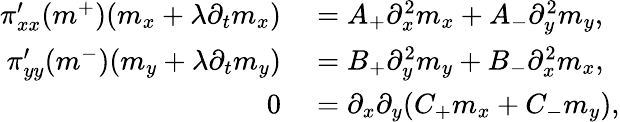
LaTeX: \begin{array}{rl}{\pi_{xx}^{\prime}(m^{+})(m_{x}+\lambda\partial_{t}m_{x})}&{{}=A_{+}\partial_{x}^{2}m_{x}+A_{-}\partial_{y}^{2}m_{y},}\\ {\pi_{yy}^{\prime}(m^{-})(m_{y}+\lambda\partial_{t}m_{y})}&{{}=B_{+}\partial_{y}^{2}m_{y}+B_{-}\partial_{x}^{2}m_{x},}\\ {0}&{{}=\partial_{x}\partial_{y}(C_{+}m_{x}+C_{-}m_{y}),}\end{array}